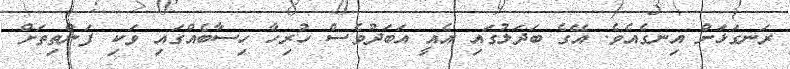
ރަނގަޅަށް އިނގެއެވެ. އޭގެ ބަދަލުގައި އެއީ އަބަދުވެސް ހުރިހާ ހިސާބެއްގައި ވަކި ފަންތިތަށް